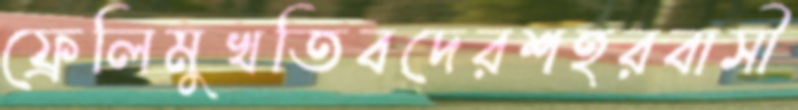
ফ্রেলিমুখতিবদেরশহরবাসী